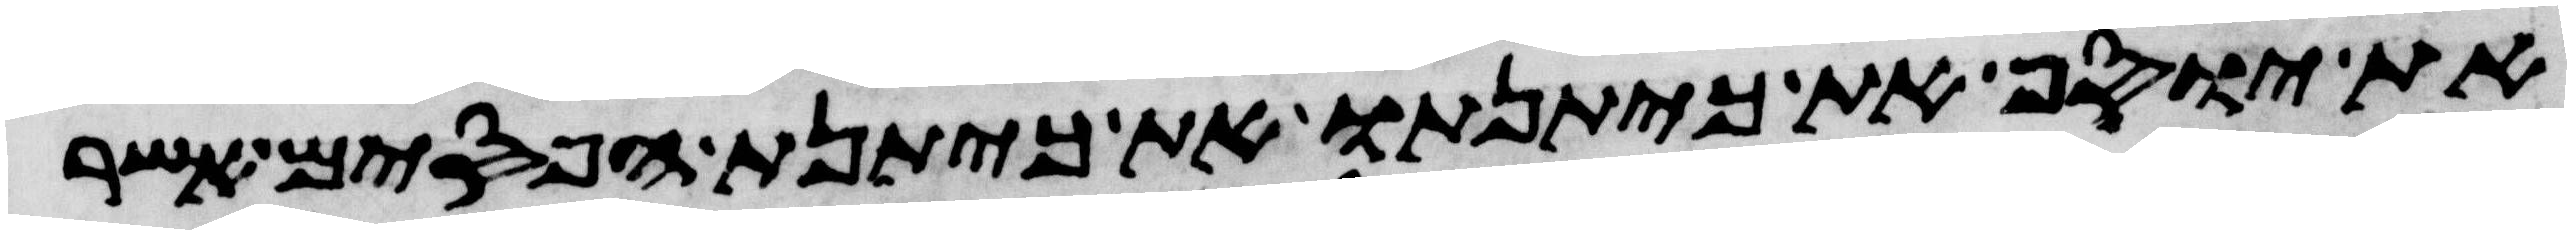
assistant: את יוסף את כיתנתו את כיתנת הפסים אשר